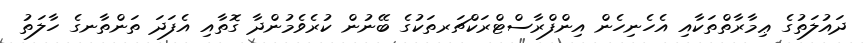
ދައުލަތުގެ ޢިމާރާތްތަކާއި އެހެނިހެން އިންފްރާސްޓްރަކްޗަރތަކުގެ ބޭނުން ކުރެވެމުންދާ ގޮތާއި އެފަދަ ތަންތާނގެ ހާލަތު